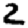
Digit: 2